Annual report of the Punjab Veterinary College and of the Civil Veterinary Department, Punjab - 1920-1925
Year: 1920
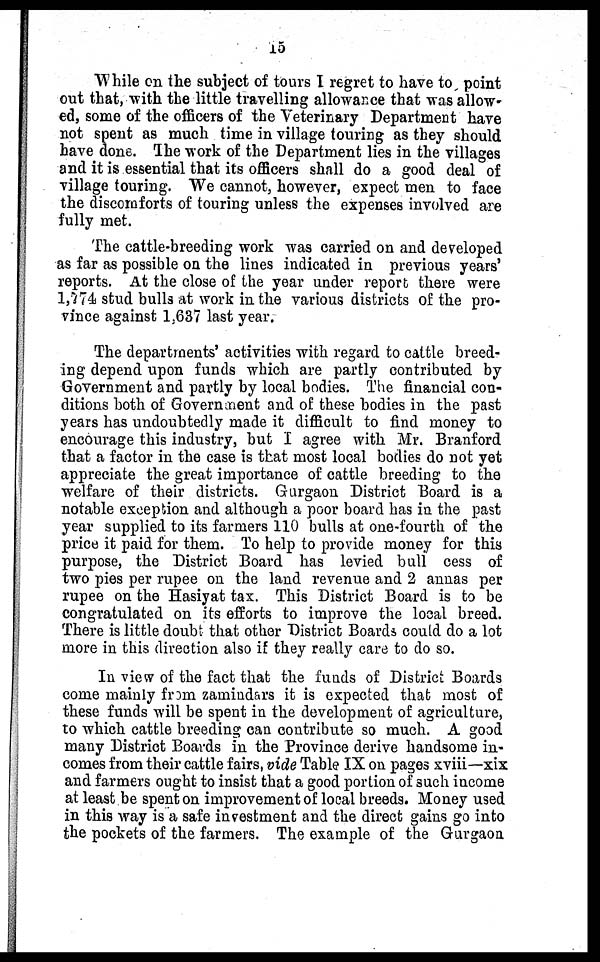
15
While on the subject of tours I regret to have to point
out that, with the little travelling allowance that was allow-
ed, some of the officers of the Veterinary Department have
not spent as much time in village touring as they should
have done. The work of the Department lies in the villages
and it is essential that its officers shall do a good deal of
village touring. We cannot, however, expect men to face
the discomforts of touring unless the expenses involved are
fully met.
The cattle-breeding work was carried on and developed
as far as possible on the lines indicated in previous years'
reports. At the close of the year under report there were
l,774 stud bulls at work in the various districts of the pro-
vince against 1,637 last year.
The departments' activities with regard to cattle breed-
ing depend upon funds which are partly contributed by
Government and partly by local bodies. The financial con-
ditions both of Government and of these bodies in the past
years has undoubtedly made it difficult to find money to
encourage this industry, but I agree with Mr. Branford
that a factor in the case is that most local bodies do not yet
appreciate the great importance of cattle breeding to the
welfare of their districts. Gurgaon District Board is a
notable exception and although a poor board has in the past
year supplied to its farmers 110 bulls at one-fourth of the
price it paid for them. To help to provide money for this
purpose, the District Board has levied bull cess of
two pies per rupee on the land revenue and 2 annas per
rupee on the Hasiyat tax. This District Board is to be
congratulated on its efforts to improve the local breed.
There is little doubt that other District Boards could do a lot
more in this direction also if they really care to do so.
In view of the fact that the funds of District Boards
come mainly from zamindars it is expected that most of
these funds will be spent in the development of agriculture,
to which cattle breeding can contribute so much. A good
many District Boards in the Province derive handsome in-
comes from their cattle fairs, vide Table IX on pages xviii—xix
and farmers ought to insist that a good portion of 3uch income
at least be spent on improvement of local breeds. Money used
in this way is a safe investment and the direct gains go into
the pockets of the farmers. The example of the Gurgaon